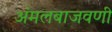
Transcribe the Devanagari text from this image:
अंमलबाजवणी